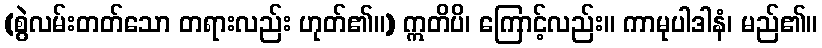
(စွဲလမ်းတတ်သော တရားလည်း ဟုတ်၏။) ဣတိပိ၊ ကြောင့်လည်း။ ကာမုပါဒါနံ၊ မည်၏။